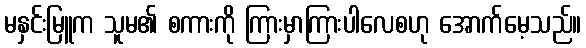
မနှင်းမြူက သူမ၏ စကားကို ကြားမှာကြားပါလေစဟု အောက်မေ့သည်။